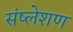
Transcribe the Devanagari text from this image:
संष्लेशण